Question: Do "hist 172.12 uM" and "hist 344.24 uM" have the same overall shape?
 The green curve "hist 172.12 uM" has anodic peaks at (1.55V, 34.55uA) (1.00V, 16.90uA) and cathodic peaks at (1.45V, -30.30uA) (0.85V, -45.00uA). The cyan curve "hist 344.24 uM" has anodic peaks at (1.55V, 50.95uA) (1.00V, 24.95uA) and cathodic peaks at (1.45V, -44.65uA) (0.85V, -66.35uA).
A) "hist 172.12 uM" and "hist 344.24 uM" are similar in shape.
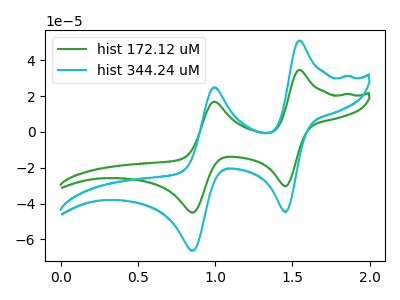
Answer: <think>All the peaks in "hist 172.12 uM" have a peak in "hist 344.24 uM" at the same potential. Every peak in "hist 172.12 uM" is lower than every peak in "hist 344.24 uM".
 </think>
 <answer>A) "hist 172.12 uM" and "hist 344.24 uM" are similar in shape.</answer>
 <eval>A</eval>